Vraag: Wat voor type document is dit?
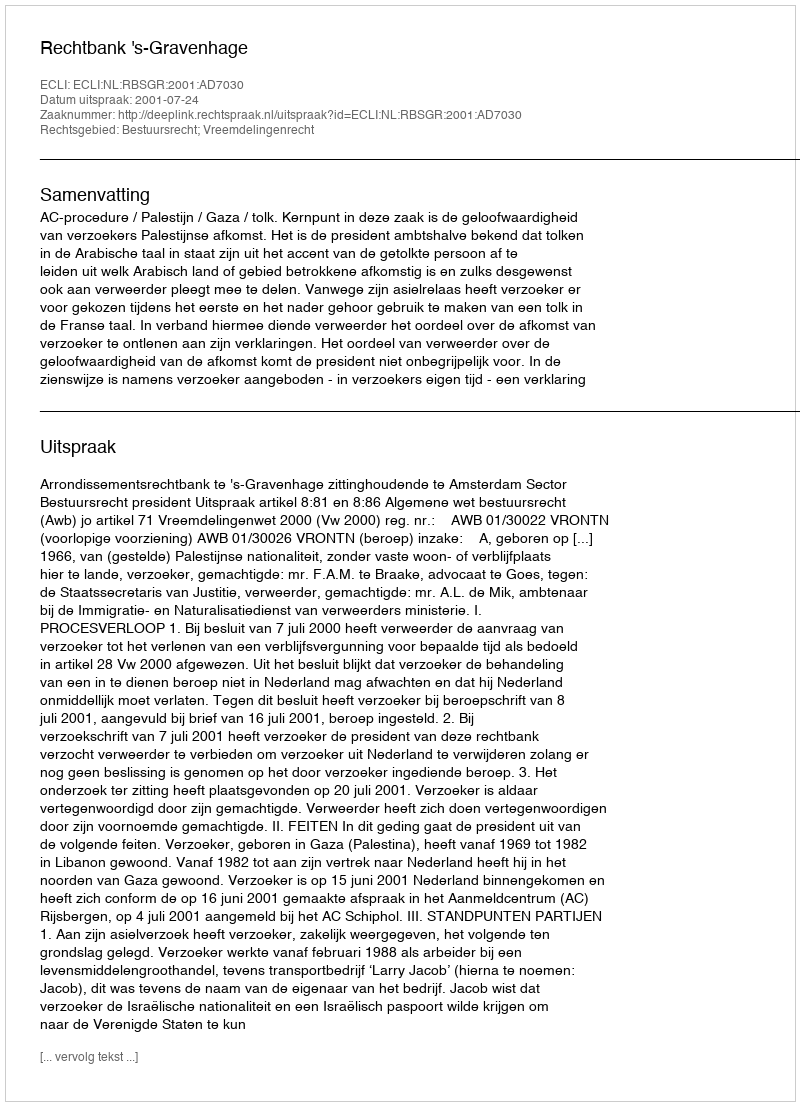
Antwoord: Uitspraak